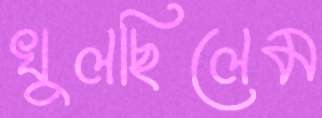
খুলছিলেম